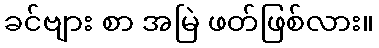
ခင်ဗျား စာ အမြဲ ဖတ်ဖြစ်လား။